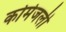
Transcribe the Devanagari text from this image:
कोमेजली